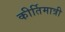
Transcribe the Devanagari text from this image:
कीर्तिमात्री